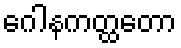
ဂေါနကတ္ထတော